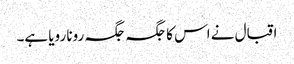
اقبال نے اس کا جگہ جگہ رونا رویا ہے۔